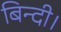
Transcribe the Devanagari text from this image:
बिन्दी।